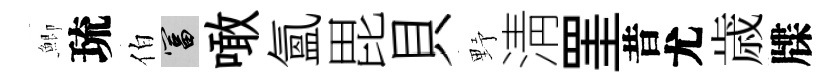
鯽琉伯富噉氲毘貝野淸罣昔尤歳牒